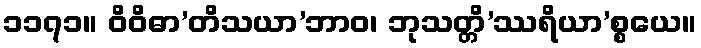
၁၁၇၁။ ဝိဝိဓာ’တိသယာ’ဘာဝ၊ ဘုသတ္တိ’ဿရိယာ’စ္စယေ။